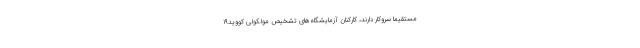
مستقیما سروکار دارند، کارکنان آزمایشگاه‌های تشخیص مولکولی کووید۱۹